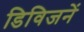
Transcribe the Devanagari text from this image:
डिविजनें